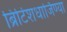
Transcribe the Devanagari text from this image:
ब्रिटिशधार्जिण्या